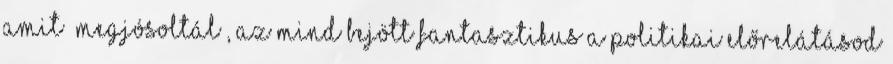
amit ’megjósoltál’, az mind bejött Fantasztikus a po­litikai előrelátásod